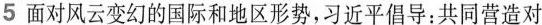
5 面对风云变幻的国际和地区形势，习近平倡导：共同营造对